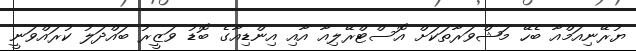
ޔުރޭނިއަމްއާ ބެހޭ މަޝްވަރާތަކަށް އޮސްޓްރޭލިއާ އާއި އިންޑިއާގެ ބޮޑު ވަޒީރު ބައްދަލު ކުރައްވަނީ